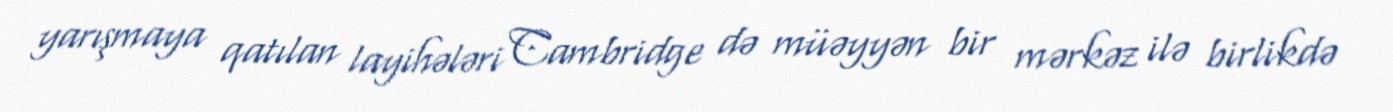
yarışmaya qatılan layihələri Cambridge də müəyyən bir mərkəz ilə birlikdə